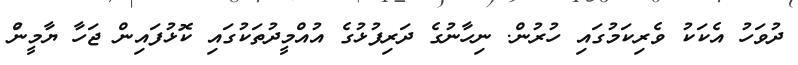
ދުވަހު އެކަކު ވެރިކަމުގައި ހުރުން. ނިހާނުގެ ދަރިފުޅުގެ އުއްމީދުތަކުގައި ކޮޅުފައިން ޖަހާ ޔާމީނުް